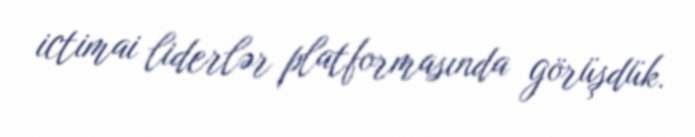
ictimai liderlər platformasında görüşdük.